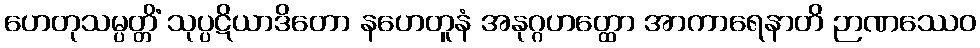
ဟေတုသမ္ပတ္တိံ သုပ္ပဋိယာဒိတော နဟေတူနံ အနုဂ္ဂဟတ္ထော အာကာရေနာတိ ဉာဏဿေဝ